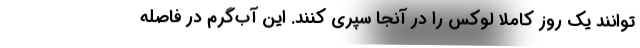
‌توانند یک روز کاملا لوکس را در آنجا سپری کنند. این آب‌گرم در فاصله